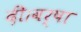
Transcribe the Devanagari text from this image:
दी।वर्षा